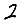
Digit: 2